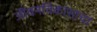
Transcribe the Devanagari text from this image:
जीवनविकासाचा